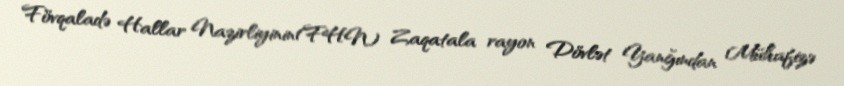
Fövqaladə Hallar Nazirliyinin(FHN) Zaqatala rayon Dövlət Yanğından Mühafizə